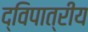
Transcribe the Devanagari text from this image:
द्विपात्रीय